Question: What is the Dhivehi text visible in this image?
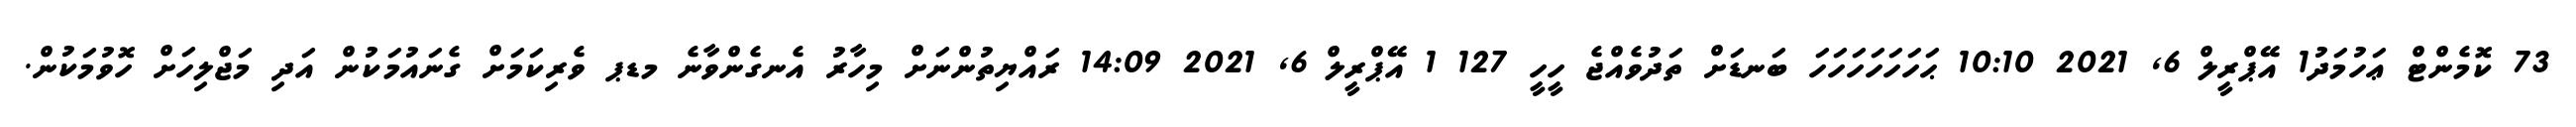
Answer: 73 ކޮމެންޓް ޢަހުމަދު1 އޭޕްރީލް 6, 2021 10:10 ޙަހަހަހަހަހަހަ ބަނޑަށް ތަދުވެއްޖެ ހީހީ 127 1 އޭޕްރީލް 6, 2021 14:09 ރައްޔިތުންނަށް މިހާރު އެނގެންވާނެ މޑޕ ވެރިކަމަށް ގެނައުމަކުން އަދި މަޖްލިހަށް ހޮވުމަކުން.